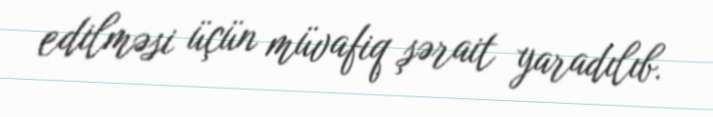
edilməsi üçün müvafiq şərait yaradılıb.